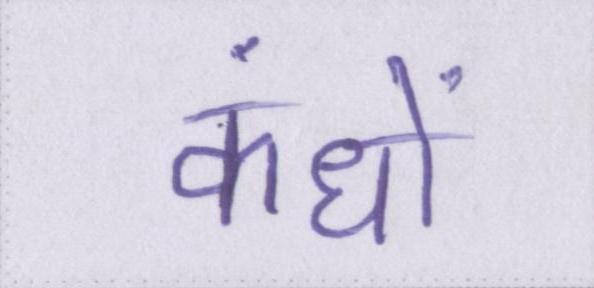
कंधों